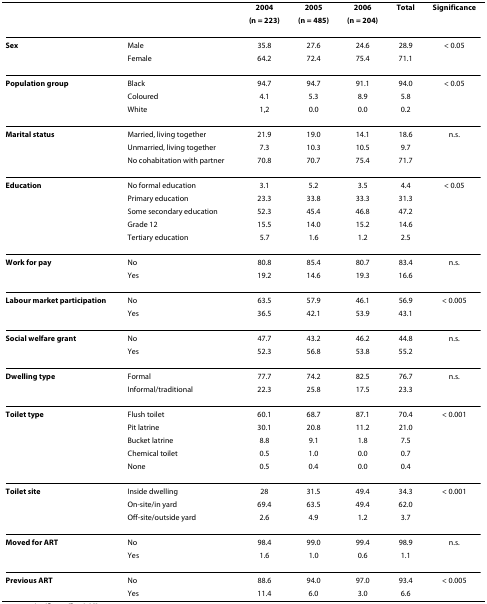
<table><thead><tr><td></td><td></td><td><b>2004</b></td><td><b>2005</b></td><td><b>2006</b></td><td><b>Total</b></td><td><b>Significance</b></td></tr><tr><td></td><td></td><td><b>(n = 223)</b></td><td><b>(n = 485)</b></td><td><b>(n = 204)</b></td><td></td><td></td></tr></thead><tbody><tr><td><b>Sex</b></td><td>Male</td><td>35.8</td><td>27.6</td><td>24.6</td><td>28.9</td><td>&lt; 0.05</td></tr><tr><td></td><td>Female</td><td>64.2</td><td>72.4</td><td>75.4</td><td>71.1</td><td></td></tr><tr><td><b>Population group</b></td><td>Black</td><td>94.7</td><td>94.7</td><td>91.1</td><td>94.0</td><td>&lt; 0.05</td></tr><tr><td></td><td>Coloured</td><td>4.1</td><td>5.3</td><td>8.9</td><td>5.8</td><td></td></tr><tr><td></td><td>White</td><td>1,2</td><td>0.0</td><td>0.0</td><td>0.2</td><td></td></tr><tr><td><b>Marital status</b></td><td>Married, living together</td><td>21.9</td><td>19.0</td><td>14.1</td><td>18.6</td><td>n.s.</td></tr><tr><td></td><td>Unmarried, living together</td><td>7.3</td><td>10.3</td><td>10.5</td><td>9.7</td><td></td></tr><tr><td></td><td>No cohabitation with partner</td><td>70.8</td><td>70.7</td><td>75.4</td><td>71.7</td><td></td></tr><tr><td><b>Education</b></td><td>No formal education</td><td>3.1</td><td>5.2</td><td>3.5</td><td>4.4</td><td>&lt; 0.05</td></tr><tr><td></td><td>Primary education</td><td>23.3</td><td>33.8</td><td>33.3</td><td>31.3</td><td></td></tr><tr><td></td><td>Some secondary education</td><td>52.3</td><td>45.4</td><td>46.8</td><td>47.2</td><td></td></tr><tr><td></td><td>Grade 12</td><td>15.5</td><td>14.0</td><td>15.2</td><td>14.6</td><td></td></tr><tr><td></td><td>Tertiary education</td><td>5.7</td><td>1.6</td><td>1.2</td><td>2.5</td><td></td></tr><tr><td><b>Work for pay</b></td><td>No</td><td>80.8</td><td>85.4</td><td>80.7</td><td>83.4</td><td>n.s.</td></tr><tr><td></td><td>Yes</td><td>19.2</td><td>14.6</td><td>19.3</td><td>16.6</td><td></td></tr><tr><td><b>Labour market participation</b></td><td>No</td><td>63.5</td><td>57.9</td><td>46.1</td><td>56.9</td><td>&lt; 0.005</td></tr><tr><td></td><td>Yes</td><td>36.5</td><td>42.1</td><td>53.9</td><td>43.1</td><td></td></tr><tr><td><b>Social welfare grant</b></td><td>No</td><td>47.7</td><td>43.2</td><td>46.2</td><td>44.8</td><td>n.s.</td></tr><tr><td></td><td>Yes</td><td>52.3</td><td>56.8</td><td>53.8</td><td>55.2</td><td></td></tr><tr><td><b>Dwelling type</b></td><td>Formal</td><td>77.7</td><td>74.2</td><td>82.5</td><td>76.7</td><td>n.s.</td></tr><tr><td></td><td>Informal/traditional</td><td>22.3</td><td>25.8</td><td>17.5</td><td>23.3</td><td></td></tr><tr><td><b>Toilet type</b></td><td>Flush toilet</td><td>60.1</td><td>68.7</td><td>87.1</td><td>70.4</td><td>&lt; 0.001</td></tr><tr><td></td><td>Pit latrine</td><td>30.1</td><td>20.8</td><td>11.2</td><td>21.0</td><td></td></tr><tr><td></td><td>Bucket latrine</td><td>8.8</td><td>9.1</td><td>1.8</td><td>7.5</td><td></td></tr><tr><td></td><td>Chemical toilet</td><td>0.5</td><td>1.0</td><td>0.0</td><td>0.7</td><td></td></tr><tr><td></td><td>None</td><td>0.5</td><td>0.4</td><td>0.0</td><td>0.4</td><td></td></tr><tr><td><b>Toilet site</b></td><td>Inside dwelling</td><td>28</td><td>31.5</td><td>49.4</td><td>34.3</td><td>&lt; 0.001</td></tr><tr><td></td><td>On-site/in yard</td><td>69.4</td><td>63.5</td><td>49.4</td><td>62.0</td><td></td></tr><tr><td></td><td>Off-site/outside yard</td><td>2.6</td><td>4.9</td><td>1.2</td><td>3.7</td><td></td></tr><tr><td><b>Moved for ART</b></td><td>No</td><td>98.4</td><td>99.0</td><td>99.4</td><td>98.9</td><td>n.s.</td></tr><tr><td></td><td>Yes</td><td>1.6</td><td>1.0</td><td>0.6</td><td>1.1</td><td></td></tr><tr><td><b>Previous ART</b></td><td>No</td><td>88.6</td><td>94.0</td><td>97.0</td><td>93.4</td><td>&lt; 0.005</td></tr><tr><td></td><td>Yes</td><td>11.4</td><td>6.0</td><td>3.0</td><td>6.6</td><td></td></tr></tbody></table>